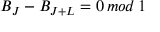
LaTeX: B _ { J } - B _ { J + L } = 0 \, m o d \, 1